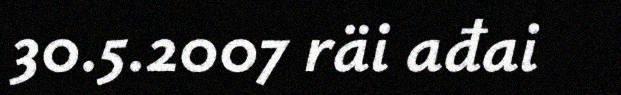
30.5.2007 räi ađai